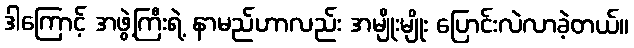
ဒါကြောင့် အဖွဲ့ကြီးရဲ့ နာမည်ဟာလည်း အမျိုးမျိုး ပြောင်းလဲလာခဲ့တယ်။